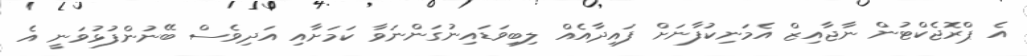
އެ ޕްރޮޖެކްޓުން ނާޖާއިޒް އެމަނިކުފާނަށް ފައިދާއެއް ލިބިވަޑައިނުގަންނަވާ ކަމަށާއި އަދިވެސް ބޭނުންފުޅުވަނީ އެ